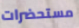
مستحضرات